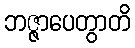
ဘဇ္ဇာပေတွာတိ